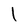
Character: l